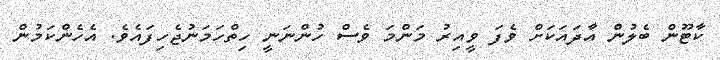
ކާޓޫން ބެލުން އާދައަކަށް ވެފަ ވީއިރު މަންމަ ވެސް ހުންނަނީ ހިތްހަމަނުޖެހިފައެވެ. އެހެންކަމުން